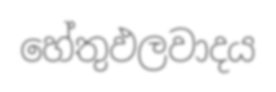
හේතුඵලවාදය